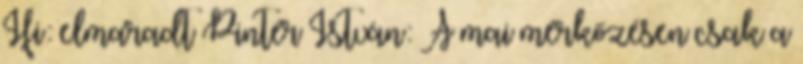
Ifi: elmaradt Pintér István: A mai mérkőzésen csak a